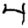
Digit: 4